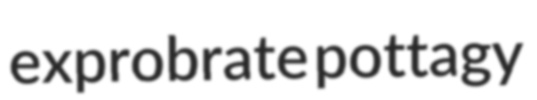
exprobrate pottagy